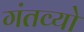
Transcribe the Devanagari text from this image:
गंतव्यो